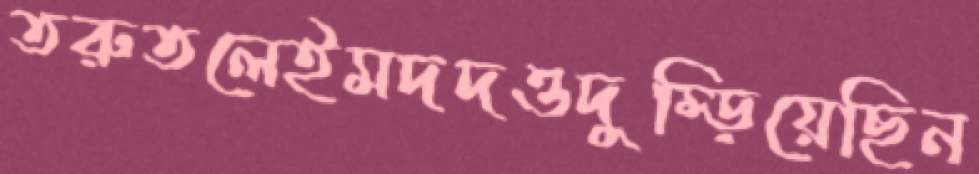
তরুতলেইমদদওদুম্‌ড়িয়েছিন